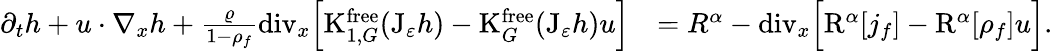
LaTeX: \begin{array}{rl}{\partial_{t}h+u\cdot\nabla_{x}h+\frac{\varrho}{1-\rho_{f}}\mathrm{div}_{x}\Big[\mathrm{K}_{1,G}^{\mathrm{free}}(\mathrm{J}_{\varepsilon}h)-\mathrm{K}_{G}^{\mathrm{free}}(\mathrm{J}_{\varepsilon}h)u\Big]}&{=R^{\alpha}-\mathrm{div}_{x}\Big[\mathrm{R}^{\alpha}[j_{f}]-\mathrm{R}^{\alpha}[\rho_{f}]u\Big].}\end{array}